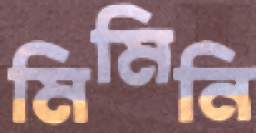
মিমিনি